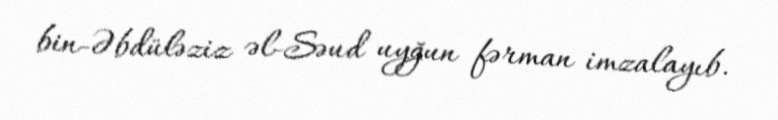
bin-Əbdüləziz əl-Səud uyğun fərman imzalayıb.